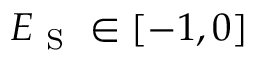
E _ { \mathrm { ~ S ~ } } \in [ - 1 , 0 ]